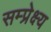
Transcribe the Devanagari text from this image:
सम्प्रेक्ष्य